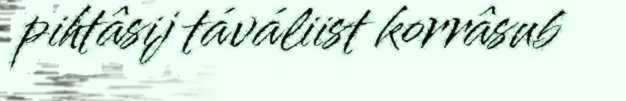
pihtâsij táváliist korrâsub